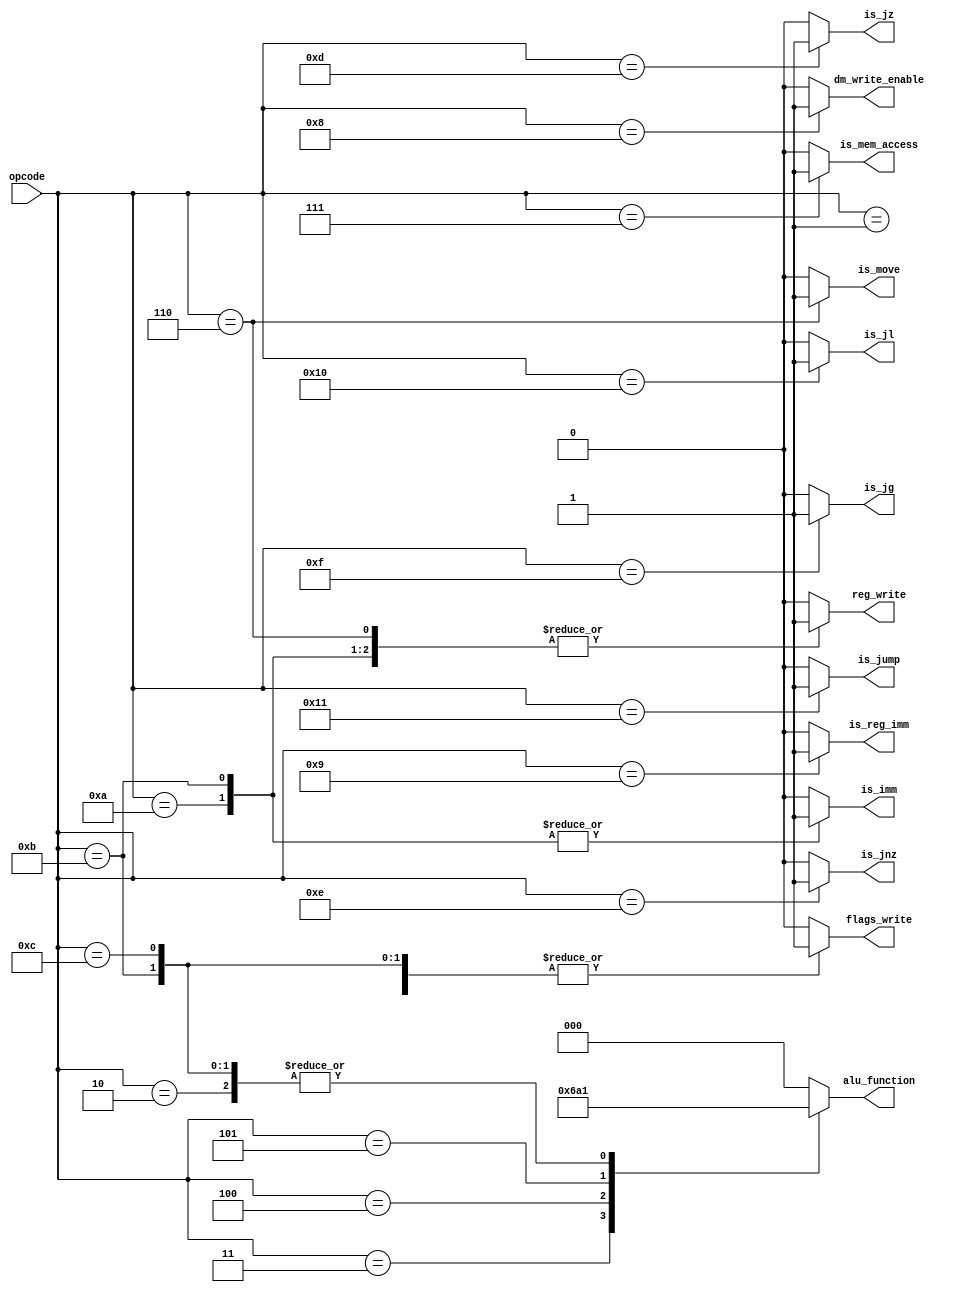
module ControleUnit(
	input [4:0] opcode,
	output reg reg_write,
	output reg is_move,
	output reg is_mem_access,
	output reg is_imm,
	output reg [2:0] alu_function,
	output reg flags_write,
	output reg dm_write_enable,
	output reg is_jz,
	output reg is_jnz,
	output reg is_jl,
	output reg is_jg,
	output reg is_jump,
	output reg is_reg_imm
	);
	parameter
		NOP = 5'h0,
		ADD = 5'h1,
		SUB = 5'h2,
		OR  = 5'h3,
		AND = 5'h4,
		XOR = 5'h5,
		MOV = 5'h6,
		LW  = 5'h7,
		SW  = 5'h8,
		LI  = 5'h9,
		ADDI = 5'hA,
		SUBI = 5'hB,
		CMP = 5'hC,
		JZ  = 5'hD,
		JNZ = 5'hE,
		JG  = 5'hF,
		JL  = 5'h10,
		JUMP = 5'h11;

	always @(opcode)
		begin
			is_reg_imm <= 0;

			case(opcode)
				NOP: //nop
				begin
					reg_write <= 0;
					is_move	<= 0;
					is_mem_access <= 0;
					is_imm <= 0;
					alu_function <= 3'b000;
					flags_write <= 0;
					dm_write_enable <= 0;
					is_jz <= 0;
					is_jnz <= 0;
					is_jl <= 0;
					is_jg <= 0;
					is_jump <= 0;
				end
				ADD: //add
				begin
					reg_write <= 1;
					is_move	<= 0;
					is_mem_access <= 0;
					is_imm <= 0;
					alu_function <= 3'b000;
					flags_write <= 1;
					dm_write_enable <= 0;
					is_jz <= 0;
					is_jnz <= 0;
					is_jl <= 0;
					is_jg <= 0;
					is_jump <= 0;
				end
				SUB: //sub
				begin
					reg_write <= 1;
					is_move	<= 0;
					is_mem_access <= 0;
					is_imm <= 0;
					alu_function <= 3'b001;
					flags_write <= 1;
					dm_write_enable <= 0;
					is_jz <= 0;
					is_jnz <= 0;
					is_jl <= 0;
					is_jg <= 0;
					is_jump <= 0;
				end
				OR: //or
				begin
					reg_write <= 1;
					is_move	<= 0;
					is_mem_access <= 0;
					is_imm <= 0;
					alu_function <= 3'b011;
					flags_write <= 1;
					dm_write_enable <= 0;
					is_jz <= 0;
					is_jnz <= 0;
					is_jl <= 0;
					is_jg <= 0;
					is_jump <= 0;
				end
				AND: //and
				begin
					reg_write <= 1;
					is_move	<= 0;
					is_mem_access <= 0;
					is_imm <= 0;
					alu_function <= 3'b010;
					flags_write <= 1;
					dm_write_enable <= 0;
					is_jz <= 0;
					is_jnz <= 0;
					is_jl <= 0;
					is_jg <= 0;
					is_jump <= 0;
				end
				XOR: //xor
				begin
					reg_write <= 1;
					is_move	<= 0;
					is_mem_access <= 0;
					is_imm <= 0;
					alu_function <= 3'b100;
					flags_write <= 0;
					dm_write_enable <= 0;
					is_jz <= 0;
					is_jnz <= 0;
					is_jl <= 0;
					is_jg <= 0;
					is_jump <= 0;
				end
				MOV: //mov
				begin
					reg_write <= 1;
					is_move	<= 1;
					is_mem_access <= 0;
					is_imm <= 0;
					alu_function <= 3'b000;
					flags_write <= 0;
					dm_write_enable <= 0;
					is_jz <= 0;
					is_jnz <= 0;
					is_jl <= 0;
					is_jg <= 0;
					is_jump <= 0;
				end
				LW: //lw
				begin
					reg_write <= 1;
					is_move	<= 0;
					is_mem_access <= 1;
					is_imm <= 0;
					alu_function <= 3'b000;
					flags_write <= 0;
					dm_write_enable <= 0;
					is_jz <= 0;
					is_jnz <= 0;
					is_jl <= 0;
					is_jg <= 0;
					is_jump <= 0;
				end
				SW: //sw
				begin
					reg_write <= 0;
					is_move	<= 0;
					is_mem_access <= 0;
					is_imm <= 0;
					alu_function <= 3'b000;
					flags_write <= 0;
					dm_write_enable <= 1;
					is_jz <= 0;
					is_jnz <= 0;
					is_jl <= 0;
					is_jg <= 0;
					is_jump <= 0;
				end
				LI: //li
				begin
					reg_write <= 1;
					is_move	<= 0;
					is_mem_access <= 0;
					is_imm <= 0;
					alu_function <= 3'b000;
					flags_write <= 0;
					dm_write_enable <= 0;
					is_jz <= 0;
					is_jnz <= 0;
					is_jl <= 0;
					is_jg <= 0;
					is_jump <= 0;
					is_reg_imm <= 1;
				end
				ADDI: //addi
				begin
					reg_write <= 1;
					is_move	<= 0;
					is_mem_access <= 0;
					is_imm <= 1;
					alu_function <= 3'b000;
					flags_write <= 1;
					dm_write_enable <= 0;
					is_jz <= 0;
					is_jnz <= 0;
					is_jl <= 0;
					is_jg <= 0;
					is_jump <= 0;
				end
				SUBI: //subi
				begin
					reg_write <= 1;
					is_move	<= 0;
					is_mem_access <= 0;
					is_imm <= 1;
					alu_function <= 3'b001;
					flags_write <= 1;
					dm_write_enable <= 0;
					is_jz <= 0;
					is_jnz <= 0;
					is_jl <= 0;
					is_jg <= 0;
					is_jump <= 0;
				end
				CMP: //cmp
				begin
					reg_write <= 0;
					is_move	<= 0;
					is_mem_access <= 0;
					is_imm <= 0;
					alu_function <= 3'b001;
					flags_write <= 1;
					dm_write_enable <= 0;
					is_jz <= 0;
					is_jnz <= 0;
					is_jl <= 0;
					is_jg <= 0;
					is_jump <= 0;
				end
				JZ: //jz
				begin
					reg_write <= 0;
					is_move	<= 0;
					is_mem_access <= 0;
					is_imm <= 0;
					alu_function <= 3'b000;
					flags_write <= 0;
					dm_write_enable <= 0;
					is_jz <= 1;
					is_jnz <= 0;
					is_jl <= 0;
					is_jg <= 0;
					is_jump <= 0;
				end
				JNZ: //jnz
				begin
					reg_write <= 0;
					is_move	<= 0;
					is_mem_access <= 0;
					is_imm <= 0;
					alu_function <= 3'b000;
					flags_write <= 0;
					dm_write_enable <= 0;
					is_jz <= 0;
					is_jnz <= 1;
					is_jl <= 0;
					is_jg <= 0;
					is_jump <= 0;
				end
				JG: //jg
				begin
					reg_write <= 0;
					is_move	<= 0;
					is_mem_access <= 0;
					is_imm <= 0;
					alu_function <= 3'b000;
					flags_write <= 0;
					dm_write_enable <= 0;
					is_jz <= 0;
					is_jnz <= 0;
					is_jl <= 0;
					is_jg <= 1;
					is_jump <= 0;
				end
				JL: //jl
				begin
					reg_write <= 0;
					is_move	<= 0;
					is_mem_access <= 0;
					is_imm <= 0;
					alu_function <= 3'b000;
					flags_write <= 0;
					dm_write_enable <= 0;
					is_jz <= 0;
					is_jnz <= 0;
					is_jl <= 1;
					is_jg <= 0;
					is_jump <= 0;
				end
				JUMP: //jump
				begin
					reg_write <= 0;
					is_move	<= 0;
					is_mem_access <= 0;
					is_imm <= 0;
					alu_function <= 3'b000;
					flags_write <= 0;
					dm_write_enable <= 0;
					is_jz <= 0;
					is_jnz <= 0;
					is_jl <= 0;
					is_jg <= 0;
					is_jump <= 1;
				end
				default:
				begin
					reg_write <= 0;
					is_move	<= 0;
					is_mem_access <= 0;
					is_imm <= 0;
					alu_function <= 3'b000;
					flags_write <= 0;
					dm_write_enable <= 0;
					is_jz <= 0;
					is_jnz <= 0;
					is_jl <= 0;
					is_jg <= 0;
					is_jump <= 0;
				end
			endcase
		end
endmodule